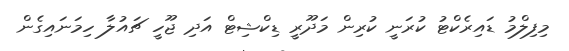
މިފިލްމު ޑައިރެކްޓު ކުރަނީ ކުރިން މަދޫރީ ޑިކްޝިޓް އަދި ޖޫހީ ޗައުލާ ހިމަނައިގެން